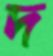
দ